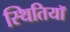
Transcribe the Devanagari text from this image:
स्थितियॉ